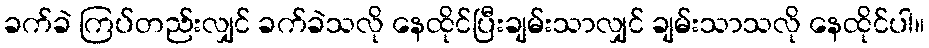
ခက်ခဲ ကြပ်တည်းလျှင် ခက်ခဲသလို နေထိုင်ပြီးချမ်းသာလျှင် ချမ်းသာသလို နေထိုင်ပါ။